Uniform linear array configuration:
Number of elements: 32
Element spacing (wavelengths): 0.25
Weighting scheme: hamming
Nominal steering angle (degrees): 45
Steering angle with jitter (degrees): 45.501
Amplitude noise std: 0.05
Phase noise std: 0.05

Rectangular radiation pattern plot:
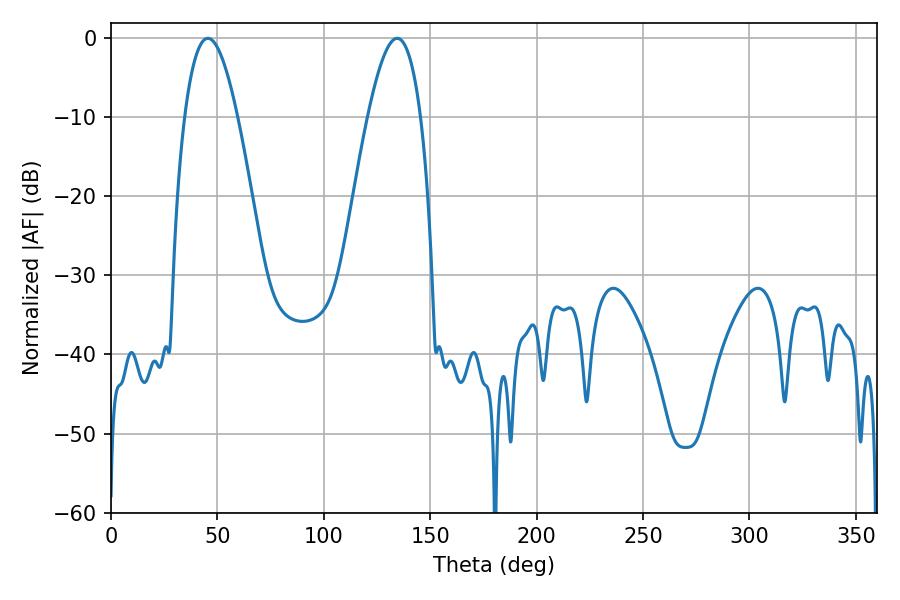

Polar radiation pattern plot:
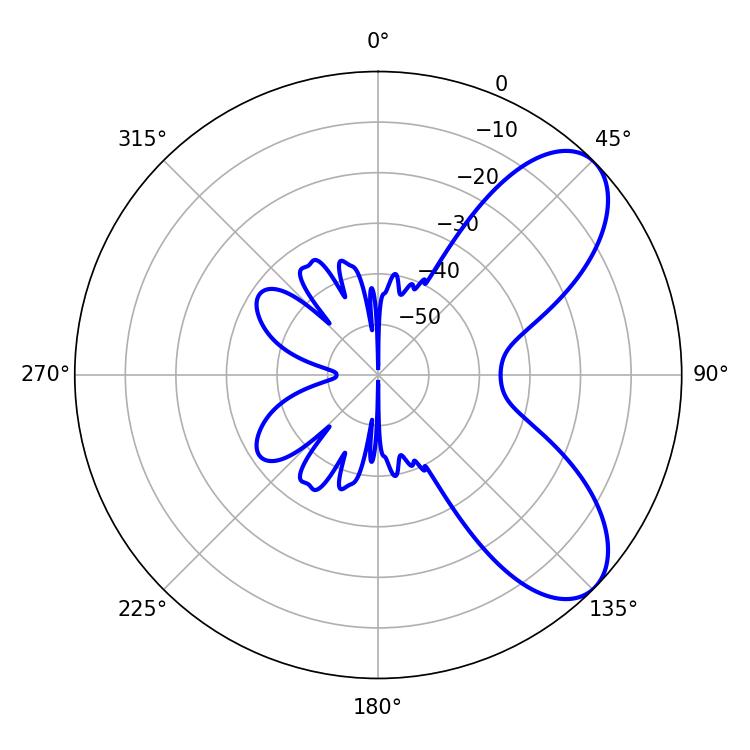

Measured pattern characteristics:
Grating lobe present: FALSE
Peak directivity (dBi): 7.344
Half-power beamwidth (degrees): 13.5
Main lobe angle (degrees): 45.54